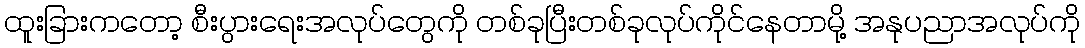
ထူးခြားကတော့ စီးပွားရေးအလုပ်တွေကို တစ်ခုပြီးတစ်ခုလုပ်ကိုင်နေတာမို့ အနုပညာအလုပ်ကို